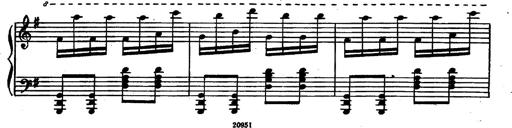
Title: Magyar rapszÃ³diÃ¡k
Composer: Franz Liszt